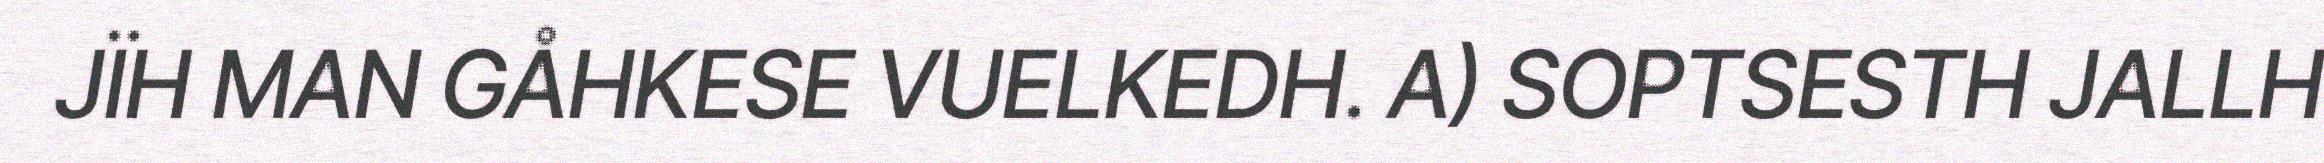
JÏH MAN GÅHKESE VUELKEDH. A) SOPTSESTH JALLH